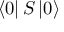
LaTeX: \left< 0 \right| { \cal { S } } \left| 0 \right>